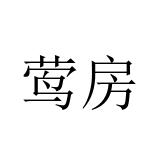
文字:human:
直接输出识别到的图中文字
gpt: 莺房